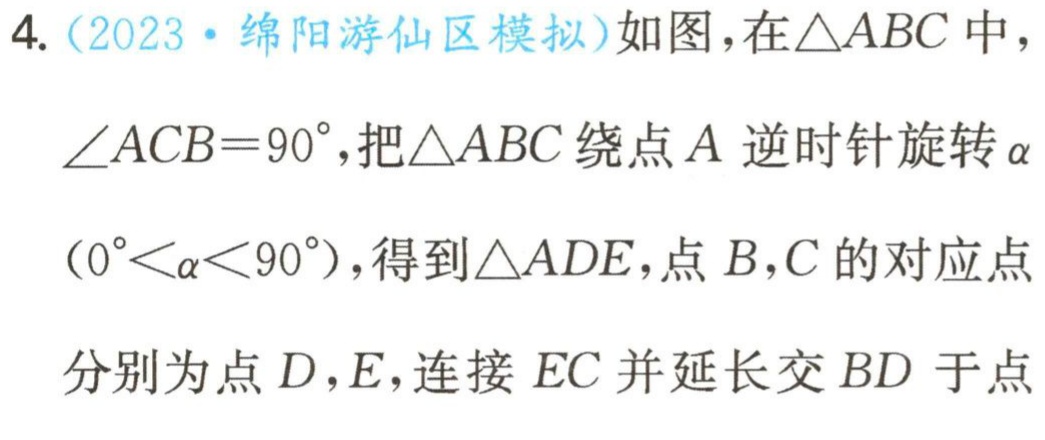
4. (2023·绵阳游仙区模拟)如图，在\(\triangle ABC\)中，\(\angle ACB = 90^{\circ}\)，把\(\triangle ABC\)绕点\(A\)逆时针旋转\(\alpha\)（\(0^{\circ}<\alpha<90^{\circ}\)），得到\(\triangle ADE\)，点\(B,C\)的对应点分别为点\(D,E\)，连接\(EC\)并延长交\(BD\)于点